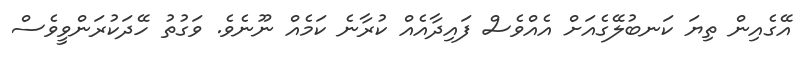
އޭގެއިން ތިޔަ ކަނބުލޭގެއަށް އެއްވެސް ފައިދާއެއް ކުރާނެ ކަމެއް ނޫނެވެ. ވަގުތު ހޭދަކުރަންވީވެސް